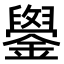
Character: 𫓓